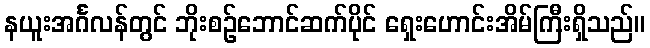
နယူးအင်္ဂလန်တွင် ဘိုးစဉ်ဘောင်ဆက်ပိုင် ရှေးဟောင်းအိမ်ကြီးရှိသည်။